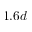
1 . 6 d